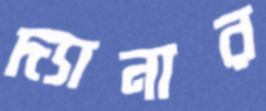
দ্যানার